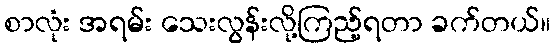
စာလုံး အရမ်း သေးလွန်းလို့ကြည့်ရတာ ခက်တယ်။